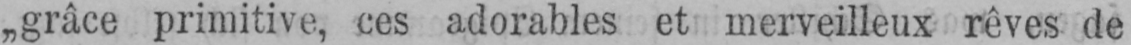
„grâce primitive, ces adorables et merveilleux rêves de